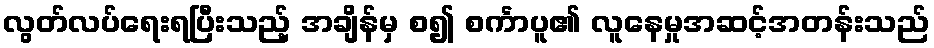
လွတ်လပ်ရေးရပြီးသည့် အချိန်မှ စ၍ စင်္ကာပူ၏ လူနေမှုအဆင့်အတန်းသည်